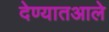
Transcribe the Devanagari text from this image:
देण्यातआले